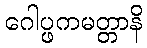
ဂေါပ္ဖကမတ္တာနိ